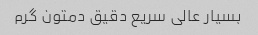
بسیار عالی سریع دقیق دمتون گرم